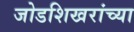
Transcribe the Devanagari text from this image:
जोडशिखरांच्या